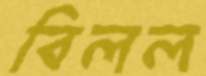
বিলল